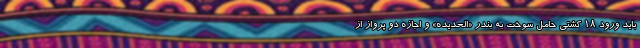
باید ورود ۱۸ کشتی حامل سوخت به بندر «الحدیده» و اجازه دو پرواز از